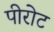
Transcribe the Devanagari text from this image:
पीरोट